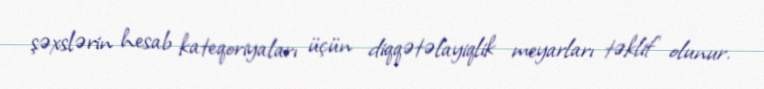
şəxslərin hesab kateqoriyaları üçün diqqətəlayiqlik meyarları təklif olunur.